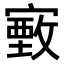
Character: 𫴄